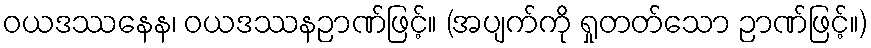
ဝယဒဿနေန၊ ဝယဒဿနဉာဏ်ဖြင့်။ (အပျက်ကို ရှုတတ်သော ဉာဏ်ဖြင့်။)